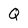
Character: Q